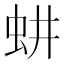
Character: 𬟷